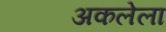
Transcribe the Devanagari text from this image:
अकलेला